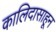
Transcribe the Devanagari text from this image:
कालिदासाहून